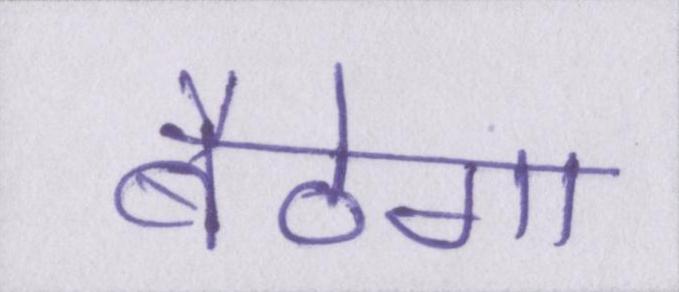
बैठेगा